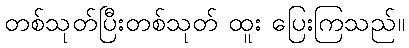
တစ်သုတ်ပြီးတစ်သုတ် ထူး ပြေးကြသည်။